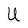
Character: U